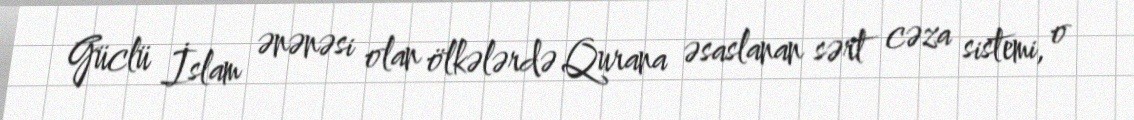
Güclü İslam ənənəsi olan ölkələrdə Qurana əsaslanan sərt cəza sistemi, o